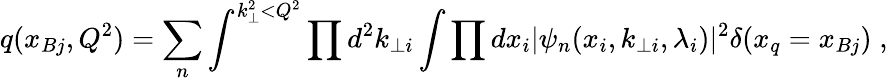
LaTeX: q(x_{Bj},Q^{2})=\sum_{n}\int^{k_{\perp}^{2}<Q^{2}}\prod d^{2}k_{\perp i}\int{\prod dx_{i}}\vert\psi_{n}(x_{i},k_{\perp i},\lambda_{i})\vert^{2}\delta(x_{q}=x_{Bj})\; ,